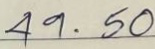
49 . 50